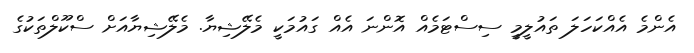
އެންމެ އެއްކަހަލަ ތައުލީމީ ސިސްޓަމެއް އޮންނަ އެއް ގައުމަކީ މެލޭޝިޔާ. މެލޭޝިޔާއަށް ސްކޫލްތަކުގެ